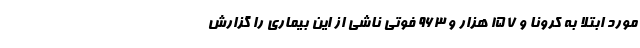
مورد ابتلا به کرونا و ۱۵۷ هزار و ۹۶۳ فوتی ناشی از این بیماری را گزارش